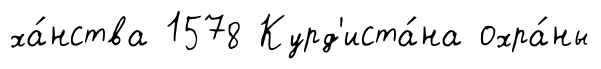
ха́нства 1578 Курд'иста́на охра́ны